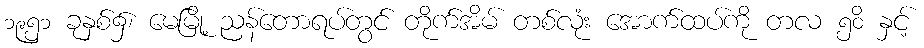
၁၉၅၁ ခုနှစ်၌၊ မေမြို့ ညန်တောရပ်တွင် တိုက်အိမ် တစ်လုံး အောက်ထပ်ကို တလ ၅၀ိ နှင့်